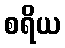
စရိယ